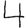
Digit: 4